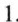
1.